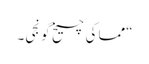
“مما کی چیخ گونجی۔